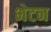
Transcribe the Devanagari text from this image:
भेटन